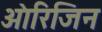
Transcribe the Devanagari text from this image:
आ॓रिजिन